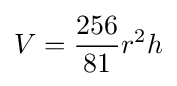
V={\frac {256}{81}}r^{2}h